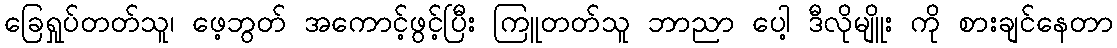
ခြေရှုပ်တတ်သူ၊ ဖေ့ဘွတ် အကောင့်ဖွင့်ပြီး ကြူတတ်သူ ဘာညာ ပေါ့ ဒီလိုမျိူး ကို စားချင်နေတာ